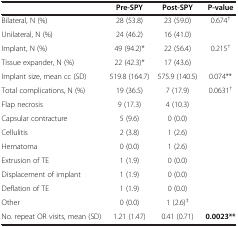
|  | Pre-SPY | Post-SPY | P-value |
 | --- | --- | --- | --- |
 | Bilateral, N (%) | 28 (53.8) | 23 (59.0) | <ROWSPAN=2> 0.674† |
 | Unilateral, N (%) | 24 (46.2) | 16 (41.0) |
 | Implant, N (%) | 49 (94.2)* | 22 (56.4) | <ROWSPAN=2> 0.215† |
 | Tissue expander, N (%) | 22 (42.3)* | 17 (43.6) |
 | Implant size, mean cc (SD) | 519.8 (164.7) | 575.9 (140.5) | 0.074** |
 | Total complications, N (%) | 19 (36.5) | 7 (17.9) | 0.0631† |
 | Flap necrosis | 9 (17.3) | 4 (10.3) |  |
 | Capsular contracture | 5 (9.6) | 0 (0.0) |  |
 | Cellulitis | 2 (3.8) | 1 (2.6) |  |
 | Hematoma | 0 (0.0) | 1 (2.6) |  |
 | Extrusion of TE | 1 (1.9) | 0 (0.0) |  |
 | Displacement of implant | 1 (1.9) | 0 (0.0) |  |
 | Deflation of TE | 1 (1.9) | 0 (0.0) |  |
 | Other | 0 (0.0) | 1 (2.6)‡ |  |
 | No. repeat OR visits, mean (SD) | 1.21 (1.47) | 0.41 (0.71) | 0.0023** |